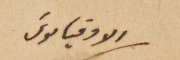
الاوقيانوسَ